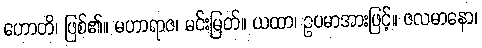
ဟောတိ၊ ဖြစ်၏။ မဟာရာဇ၊ မင်းမြတ်။ ယထာ၊ ဥပမာအားဖြင့်။ ဇလမာနော၊